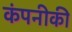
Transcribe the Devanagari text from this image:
कंपनीकी